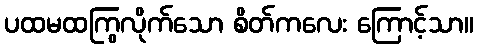
ပထမထကြွလိုက်သော စိတ်ကလေး ကြောင့်သာ။